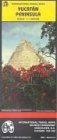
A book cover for Yucatan Peninsula Map; Ityuc; Travel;